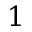
1